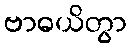
ဗာဓယိတွာ